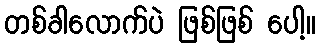
တစ်ခါလောက်ပဲ ဖြစ်ဖြစ် ပေါ့။